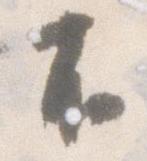
不